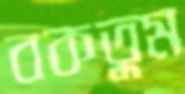
বকতুম